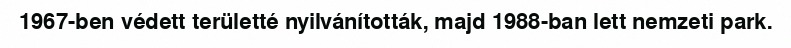
1967-ben védett területté nyilvánították, majd 1988-ban lett nemzeti park.